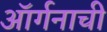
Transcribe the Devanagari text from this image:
ऑर्गनाची